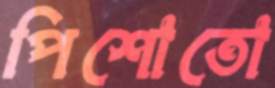
পিশোতো